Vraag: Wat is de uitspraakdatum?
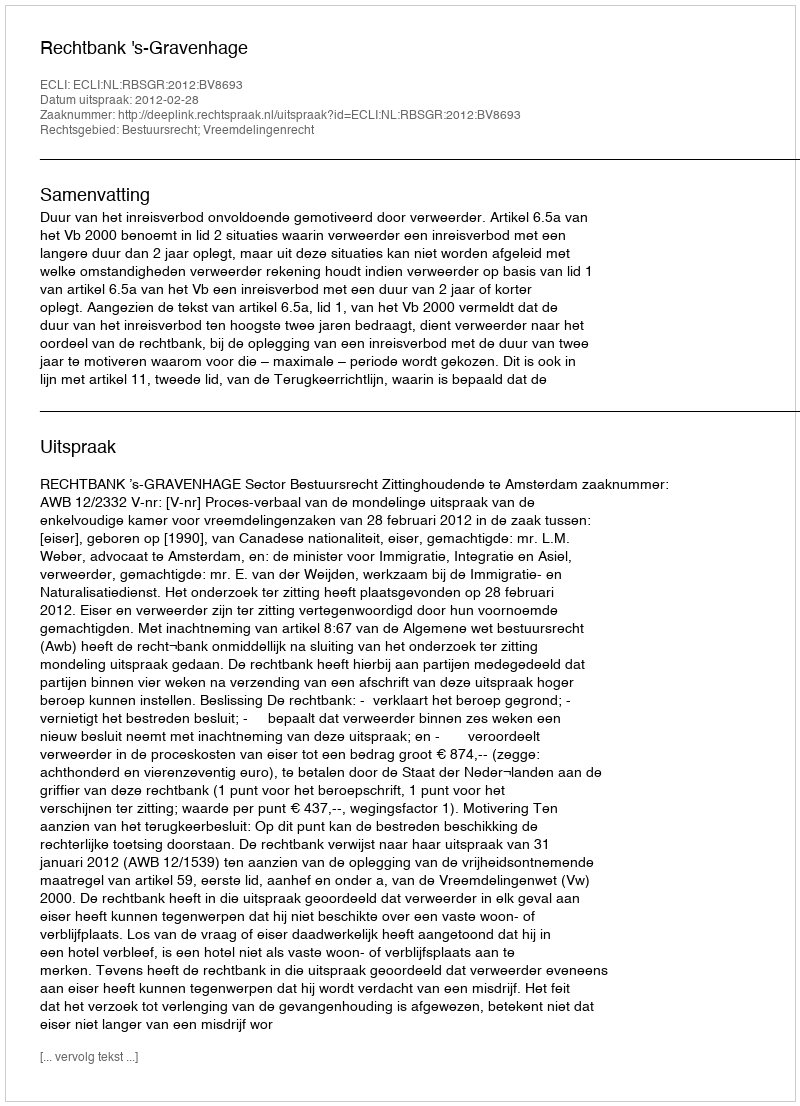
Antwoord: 2012-02-28